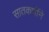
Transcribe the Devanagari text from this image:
सातकर्णीने